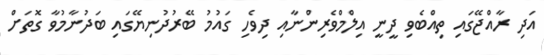
އަދި ރާއްޖޭގައި ތިއްބެވި ދީނީ އިލްމްވެރިންނާއި ދިވެހި ގައުމު ބޭރުދުނިޔޭގައި ބަދުނާމުވާ ގޮތަށް